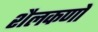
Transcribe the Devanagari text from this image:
शैलकणों